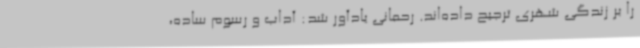
را بر زندگی شهری ترجیح داده‌اند. رحمانی یادآور شد: آداب و رسوم ساده،